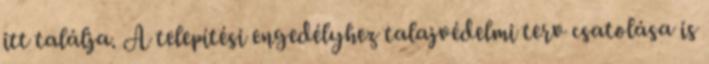
itt találja. A telepítési engedélyhez talajvédelmi terv csatolása is